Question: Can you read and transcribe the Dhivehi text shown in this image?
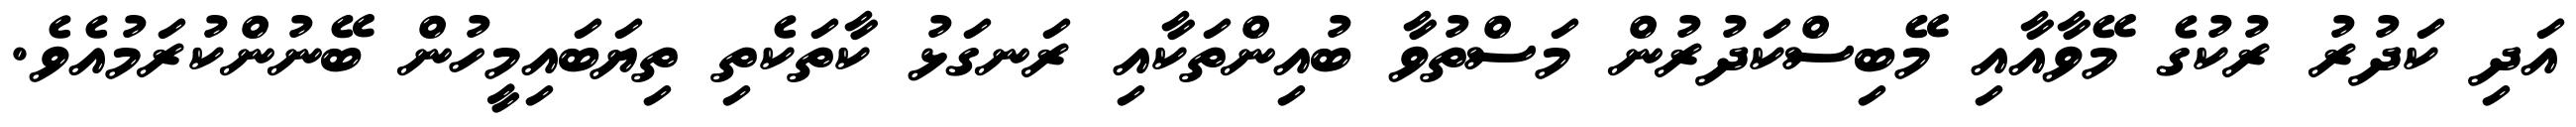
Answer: އަދި ކަދުރު ރުކުގެ މޭވާއާއި މޭބިސްކަދުރުން މަސްތުވާ ބުއިންތަކާއި ރަނގަޅު ކާތަކެތި ތިޔަބައިމީހުން ބޭނުންކުރަމުއެވެ.